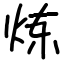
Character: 炼